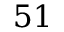
5 1